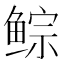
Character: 𱇾